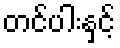
တင်ပါးနှင့်